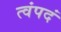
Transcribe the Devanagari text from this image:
त्वंपदं